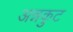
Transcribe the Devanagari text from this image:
अन्नकुट